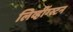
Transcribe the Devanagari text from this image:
लिव्हींग्स्टन